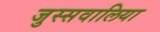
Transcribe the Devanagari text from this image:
जुस्सवालिया